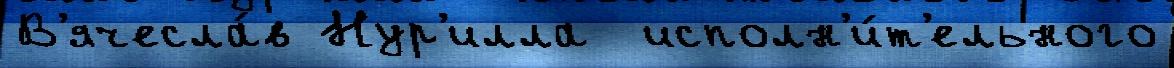
В'ячесла́в Нур'илла  исполн'и́т'ельного